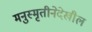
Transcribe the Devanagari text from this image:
मनुस्मृतीनेदेखील